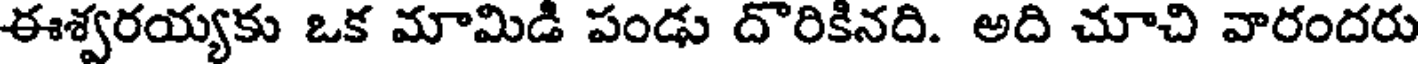
ఈశ్వరయ్యకు ఒక మామిడి పండు దొరికినది. అది చూచి వారందరు